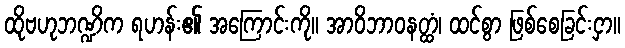
ထိုဗဟုဘဏ္ဍိက ရဟန်း၏ အကြောင်းကို။ အာဝိဘာဝနတ္ထံ၊ ထင်စွာ ဖြစ်စေခြင်းငှာ။